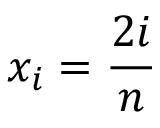
x _ { i } = { \frac { 2 i } { n } }